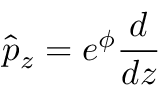
\hat { p } _ { z } = e ^ { \phi } \frac { d } { d z }